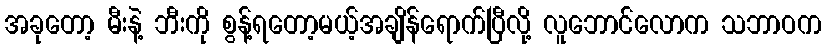
အခုတော့ မီးနဲ့ ဘီးကို စွန့်ရတော့မယ့်အချိန်ရောက်ပြီလို့ လူဘောင်လောက သဘာဝက